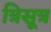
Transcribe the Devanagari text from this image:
त्रिसूत्र